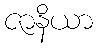
ဇာနိယာ